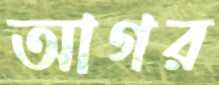
আগর